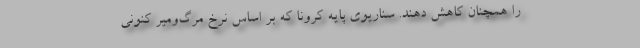
را همچنان کاهش دهند. سناریوی پایه کرونا که بر اساس نرخ مرگ‌ومیر کنونی